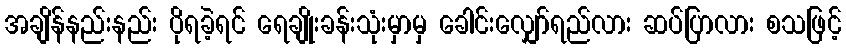
အချိန်နည်းနည်း ပိုရခဲ့ရင် ရေချိုးခန်းသုံးမှာမှ ခေါင်းလျှော်ရည်လား ဆပ်ပြာလား စသဖြင့်